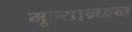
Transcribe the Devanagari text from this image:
मूल्यान्कन